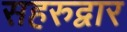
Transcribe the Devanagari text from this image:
सहरुद्वार